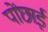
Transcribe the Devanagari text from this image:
पोंछाई